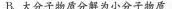
B.大分子物质分解为小分子物质